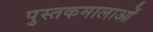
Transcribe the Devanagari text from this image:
पुस्तकमालाओं